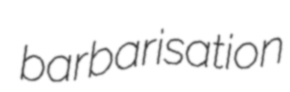
barbarisation